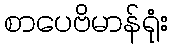
စာပေဗိမာန်ရုံး